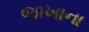
જાખાના